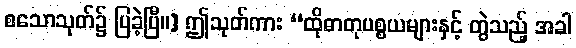
စသောသုတ်၌ ပြခဲ့ပြီ။] ဤသုတ်ကား “ထိုဓာတုပစ္စယများနှင့် တွဲသည့် အခါ